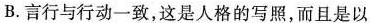
B.言行与行动一致，这是人格的写照，而且是以